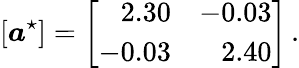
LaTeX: \left[\boldsymbol{a}^{\star}\right]=\left[\begin{array}{rr}{2.30}&{-0.03}\\ {-0.03}&{2.40}\end{array}\right]\, .